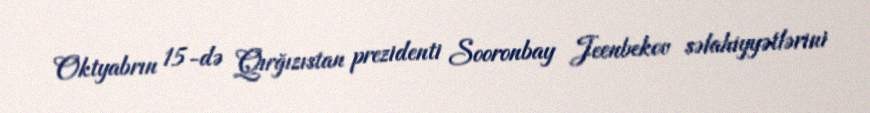
Oktyabrın 15-də Qırğızıstan prezidenti Sooronbay Jeenbekov səlahiyyətlərini